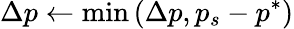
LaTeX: \Delta p\gets\operatorname*{min}\left(\Delta p,p_{s}-p^{*}\right)